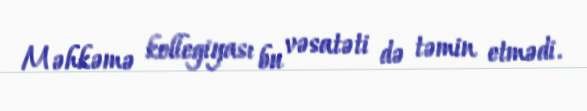
Məhkəmə kollegiyası bu vəsatəti də təmin etmədi.